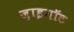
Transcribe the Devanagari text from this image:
ज़ाइगॉट